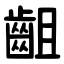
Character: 齟